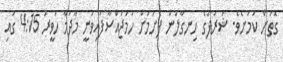
ގޮތަށް ކަމަށެވެ. ޝަރަފުގެ ހިނގާލުން ފެށުމަށް ހަމަޖައްސާފައިވަނީ މާދަމާ ހަވީރު 4:15 ގައި